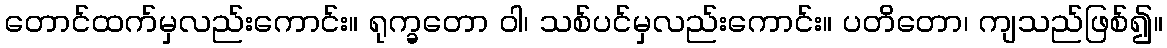
တောင်ထက်မှလည်းကောင်း။ ရုက္ခတော ဝါ၊ သစ်ပင်မှလည်းကောင်း။ ပတိတော၊ ကျသည်ဖြစ်၍။